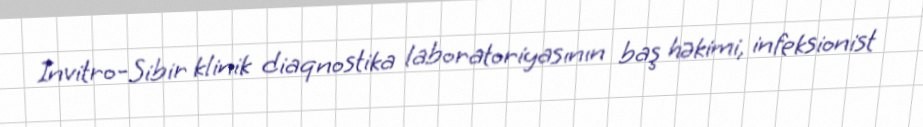
İnvitro-Sibir klinik diaqnostika laboratoriyasının baş həkimi, infeksionist